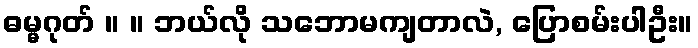
ဓမ္မဂုတ် ။ ။ ဘယ်လို သဘောမကျတာလဲ, ပြောစမ်းပါဦး။